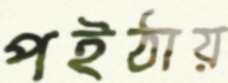
পইঠায়